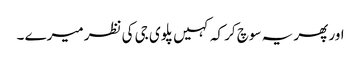
اور پھر یہ سوچ کر کہ کہیں پلوی جی کی نظر میرے ۔